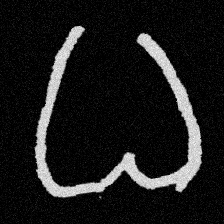
Pyu character \u2014 Myanmar letter: ဓ (romanized: dha)